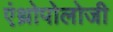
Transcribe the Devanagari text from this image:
एंथ्रोपोलोजी